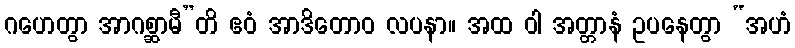
ဂဟေတွာ အာဂစ္ဆာမီ”တိ ဧဝံ အာဒိတောဝ လပနာ။ အထ ဝါ အတ္တာနံ ဥပနေတွာ “အဟံ